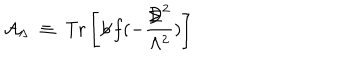
LaTeX: { \mathcal A } _ { \Lambda } \; \equiv \; \mathrm { T r } \left[ \not \! b \, f ( - \frac { { \not \! \! D } ^ { 2 } } { \Lambda ^ { 2 } } ) \right]